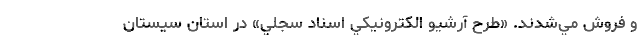
و فروش مي‌شدند. «طرح آرشيو الكترونيكي اسناد سجلي» در استان سيستان